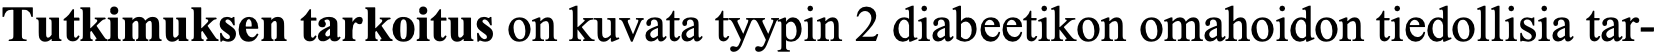
Tutkimuksen tarkoitus on kuvata tyypin 2 diabeetikon omahoidon tiedollisia tar-